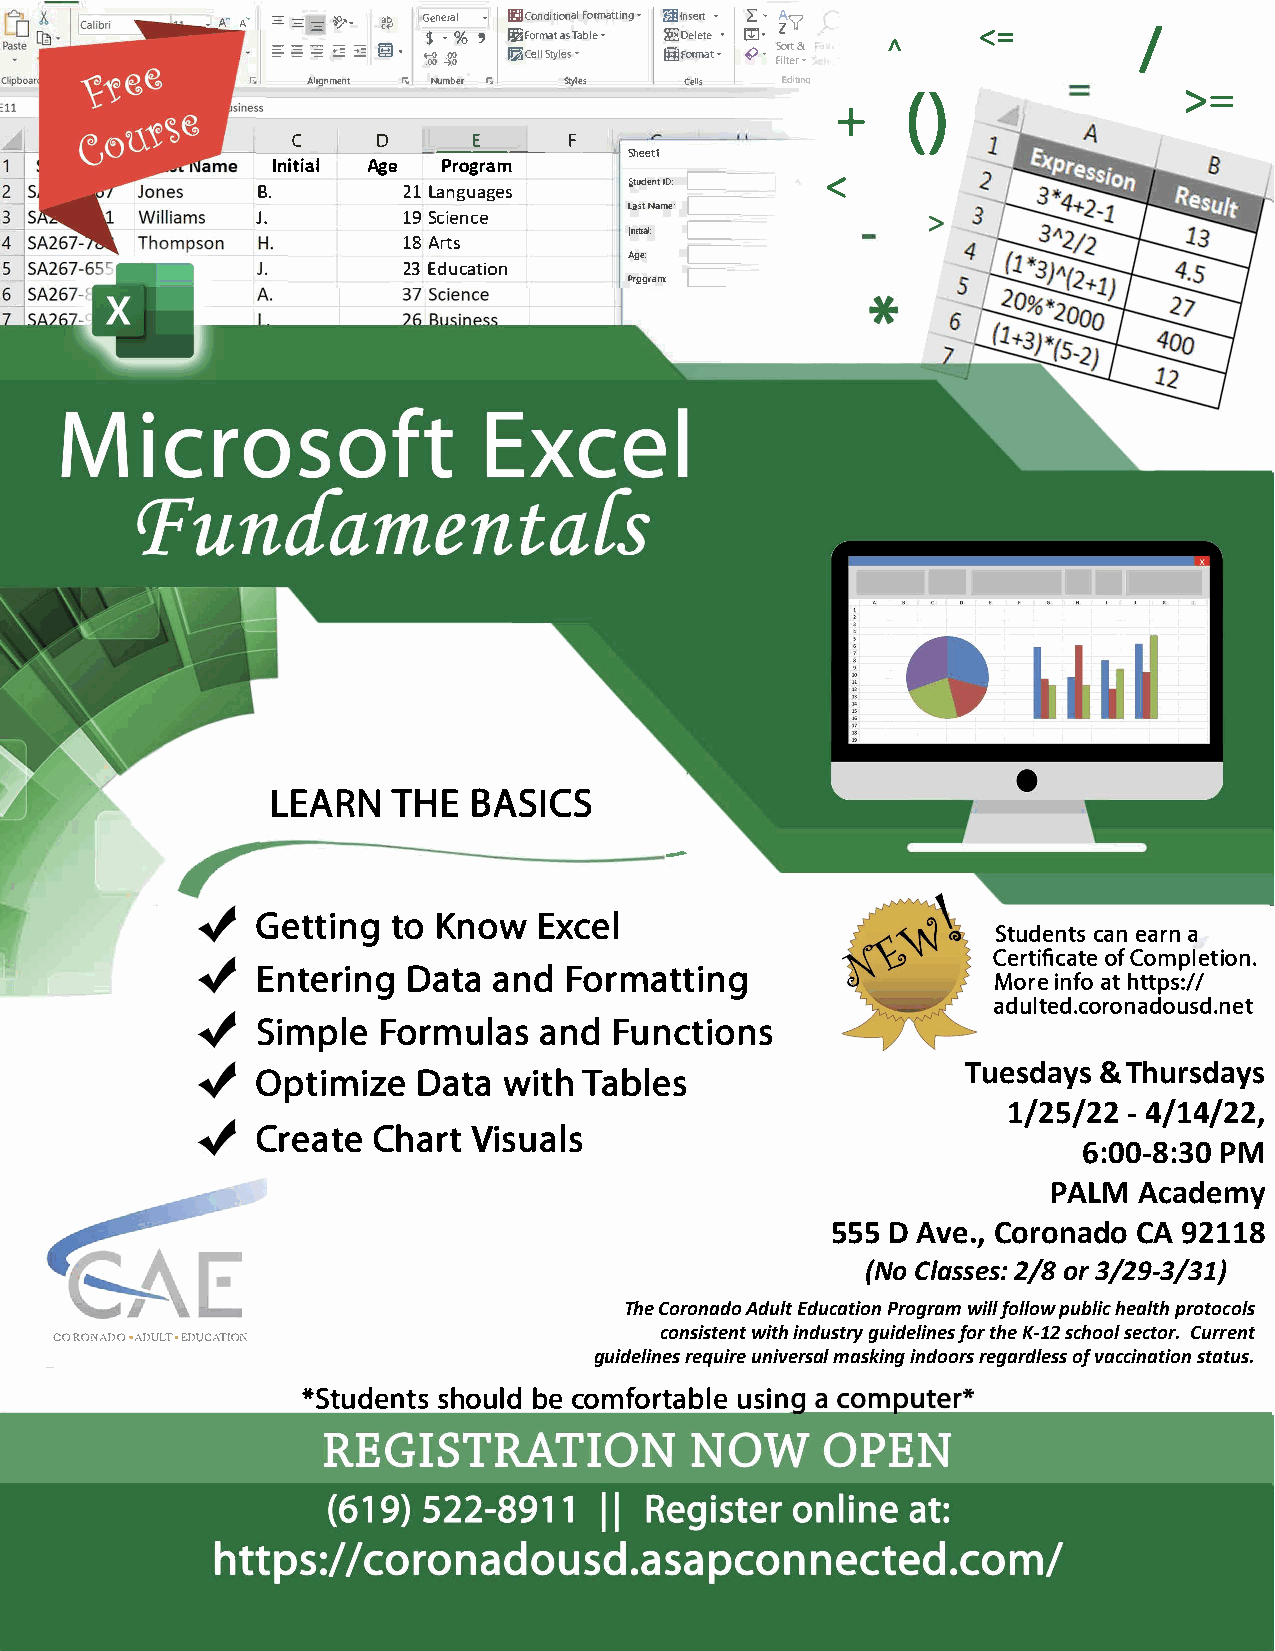
.. "AA " �::::::: :::::::
 �
 --=- �� -
 �
 �t ��
 ..
 G �$e
 g
 • Jn ge %r• a l ,Ill jffi
 �
 FC Coo elr Sn lm td a yiF t lto a eir s som T ·na a at blt l 1al � Eal-i e I FDn · n oeg s rl•• ·e me• r at I It te[I]
 ,,.,
 <¥L • •· FSZA io'{ lr tt e&
 r •
 A     <=        I
 Alignment r. Numberr. Styles Cells Edrtmc
 >=
 +       ()
 C     D     E      F
 --   - - -----'- Sheetl
 InitiAagle Program
 L         <
 B.        21L anguages   �tudentlD:
 L2sNta me:C__
 J.        19S cience        C-­
 Jnitial:
 18A rts
 Age: C__
 23  Education     L
 Pr2gram:
 LEATRHNBE       A  SICS
 -
 GetttioKn      ngoE wx  cel
 Students       can   earn     a
 CertiffiC coapmlteet ioon.
 EnteDraitanangF      d o  rmatting
 Morien fo   at   https://
 adulted.coronadousd.net
 SimpFloer       maunlFdau  sn   ctions
 Tuesdays & Thursdays
 OptiDmaitzwaei        T tahb  les
 1/25/22 - 4/14/22,
 CreCahtaeVr      its  uals
 6:00-8:30 PM
 PALM Academy
 555 D Ave., Coronado CA 92118
 (No Classes: 2/8 or 3/29-3/31)
 The Coronado Adult Education Program will follow public health protocols
 consistent with industry guidelines for the K-12 school sector. Current
 CORONADOA D•UL•TE. DUCAT!Oi\"
 guidelines require universal masking indoors regardless of vaccination status.
 *Studsehnotubslec  d o mforutsaibnle